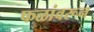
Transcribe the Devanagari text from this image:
फळांवरून